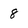
Character: 8